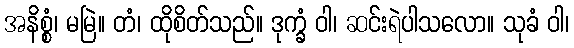
အနိစ္စံ၊ မမြဲ။ တံ၊ ထိုစိတ်သည်။ ဒုက္ခံ ဝါ၊ ဆင်းရဲပါသလော။ သုခံ ဝါ၊